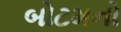
બોટમનો